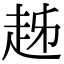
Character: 趀